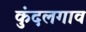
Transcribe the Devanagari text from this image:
कुंदलगाव